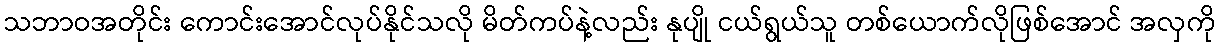
သဘာဝအတိုင်း ကောင်းအောင်လုပ်နိုင်သလို မိတ်ကပ်နဲ့လည်း နုပျို ငယ်ရွယ်သူ တစ်ယောက်လိုဖြစ်အောင် အလှကို